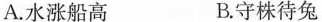
A.水涨船高 B.守株待兔